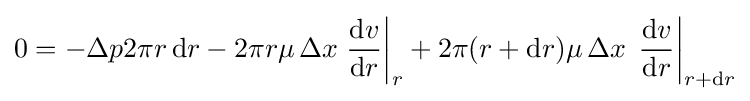
0=-\Delta p2\pi r\,\mathrm {d} r-2\pi r\mu \,\Delta x\left.{\frac {\mathrm {d} v}{\mathrm {d} r}}\right|_{r}+2\pi (r+\mathrm {d} r)\mu \,\Delta x\,\left.{\frac {\mathrm {d} v}{\mathrm {d} r}}\right\vert _{r+\mathrm {d} r}